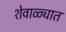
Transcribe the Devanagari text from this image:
शेवाळ्यात